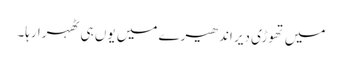
میں تھوڑی دیر اندھیرے میں یوں ہی ٹھہرا رہا۔